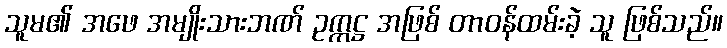
သူမ၏ အဖေ အမျိုးသားဘဏ် ဥက္ကဋ္ဌ အဖြစ် တာဝန်ထမ်းခဲ့ သူ ဖြစ်သည်။